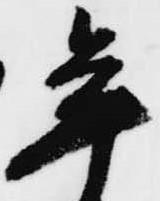
年